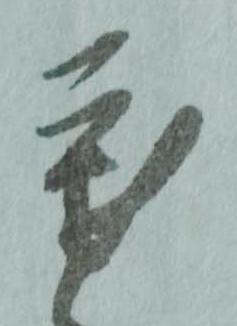
寒